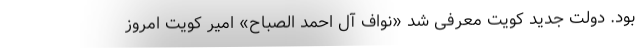
بود. دولت جدید کویت معرفی شد «نواف آل احمد الصباح» امیر کویت امروز